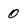
Character: 0